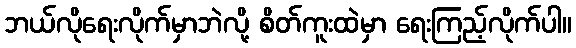
ဘယ်လိုရေးလိုက်မှာဘဲလို့ စိတ်ကူးထဲမှာ ရေးကြည့်လိုက်ပါ။